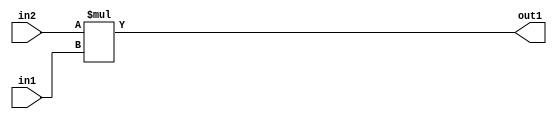
`timescale 1ps / 1ps
/*****************************************************************************
    Verilog RTL Description
    
    
    Created by: Stratus DpOpt 21.05.01 
*******************************************************************************/

module SobelFilter_Mul_32Sx9U_32S_4 (
	in2,
	in1,
	out1
	); /* architecture "behavioural" */ 
input [31:0] in2;
input [8:0] in1;
output [31:0] out1;
wire [31:0] asc001;

assign asc001 = 
	+(in2 * in1);

assign out1 = asc001;
endmodule

/* CADENCE  ubD2Tw8= : u9/ySxbfrwZIxEzHVQQV8Q== ** DO NOT EDIT THIS LINE ******/